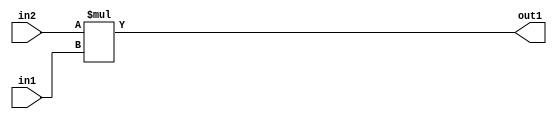
`timescale 1ps / 1ps
/*****************************************************************************
    Verilog RTL Description
    
    
    Created by: Stratus DpOpt 21.05.01 
*******************************************************************************/

module SobelFilter_Mul_32Sx9U_32S_4 (
	in2,
	in1,
	out1
	); /* architecture "behavioural" */ 
input [31:0] in2;
input [8:0] in1;
output [31:0] out1;
wire [31:0] asc001;

assign asc001 = 
	+(in2 * in1);

assign out1 = asc001;
endmodule

/* CADENCE  ubD2Tw8= : u9/ySxbfrwZIxEzHVQQV8Q== ** DO NOT EDIT THIS LINE ******/